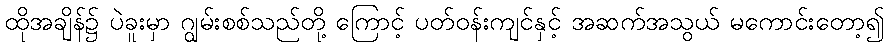
ထိုအချိန်၌ ပဲခူးမှာ ဂျွမ်းစစ်သည်တို့ ကြောင့် ပတ်ဝန်းကျင်နှင့် အဆက်အသွယ် မကောင်းတော့၍